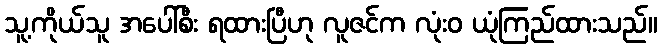
သူ့ကိုယ်သူ အပေါ်စီး ရထားပြီဟု လူဇင်က လုံးဝ ယုံကြည်ထားသည်။